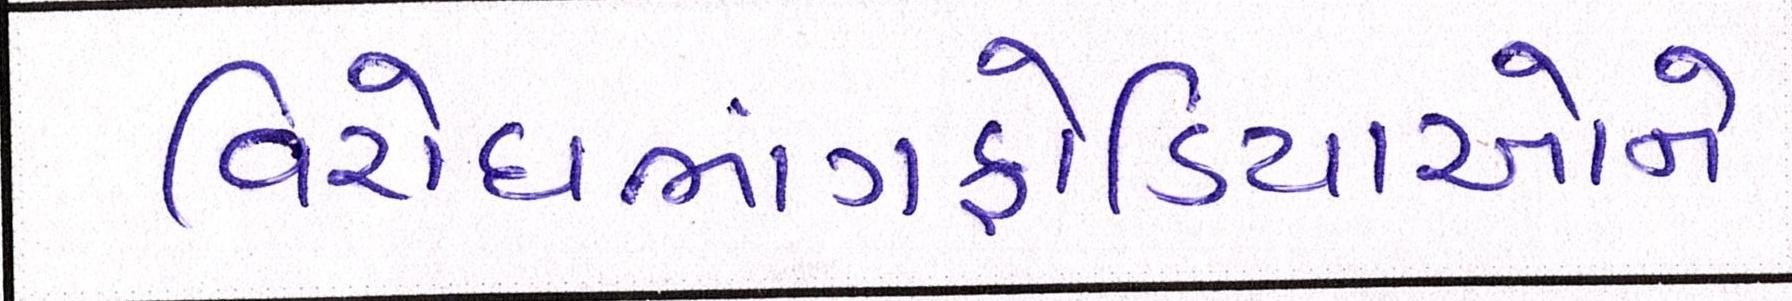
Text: વિરોધભાંગફોડિયાઓને